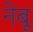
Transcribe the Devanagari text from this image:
नेबू